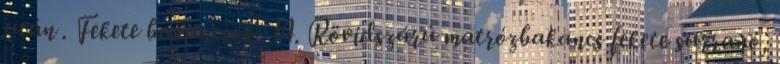
után . Fekete bakancsok: 14. Rövidszárú matrózbakancs fekete surranó,